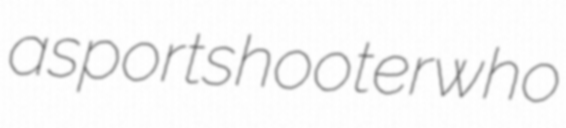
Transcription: a sport shooter who